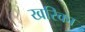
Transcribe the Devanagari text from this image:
खरिका